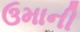
ઉમાની